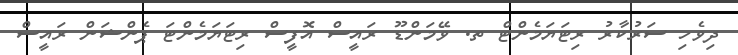
ދިވެހި ސަރުކާރު ރިޓަޔަމެންޓް ތ. ވޭމަންޑޫ ރައީސް އޮފީސް ރިޓަޔަމެންޓަ ޕެންޝަން ރައީސް